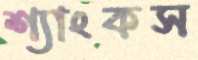
শ্যাংকস